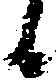
候